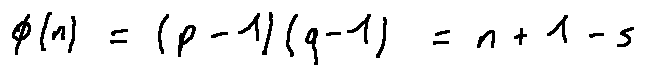
\phi ( n ) = ( p - 1 ) ( q - 1 ) = n + 1 - s